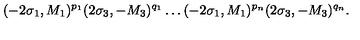
( - 2 \sigma _ { 1 } , M _ { 1 } ) ^ { p _ { 1 } } ( 2 \sigma _ { 3 } , - M _ { 3 } ) ^ { q _ { 1 } } \ldots ( - 2 \sigma _ { 1 } , M _ { 1 } ) ^ { p _ { n } } ( 2 \sigma _ { 3 } , - M _ { 3 } ) ^ { q _ { n } } .